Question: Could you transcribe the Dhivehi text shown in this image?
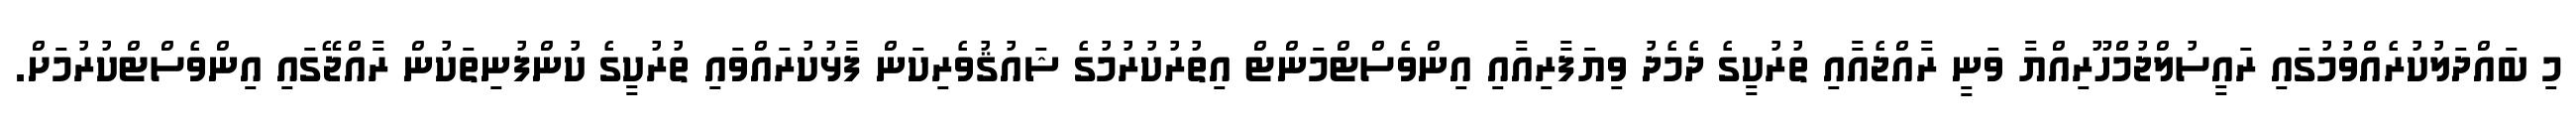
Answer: މި ބައްދަލުކުރެއްވުމުގައި ރައީސުލްޖުމްހޫރިއްޔާ ވަނީ ރާއްޖެއާއި ތުރުކީގެ ދެމެދު ވިޔަފާރިއާއި އިންވެސްޓްމަންޓް އިތުރުކުރުމުގެ ޝައުޤުވެރިކަން ފާޅުކުރައްވައި ތުރުކީގެ ކުންފުނިތަކުން ރާއްޖޭގައި އިންވެސްޓްކުރުމަށް.